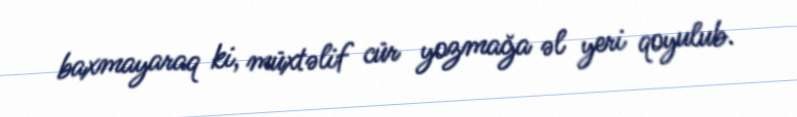
baxmayaraq ki, müxtəlif cür yozmağa əl yeri qoyulub.